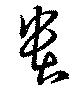
貴